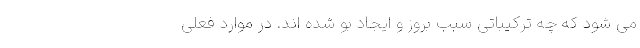
مِی شود که چه ترکیباتی سبب بروز و ایجاد بو شده اند. در موارد فعلی